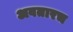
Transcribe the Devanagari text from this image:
अवतारच